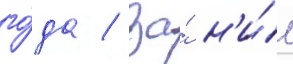
го́да / за́ н'и́м